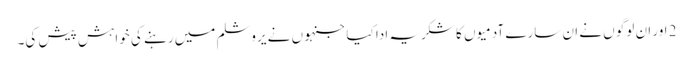
2 اور ان لوگو ں نے ان سارے آدمیو ں کا شکریہ ادا کیا جنہو ں نے یروشلم میں رہنے کی خواہش پیش کی۔